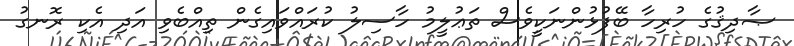
ޞާދިޤުގެ ހުރިހާ ބޭފުޅުންނަކީވެސް ތަޢުލީމު ހާސިލު ކުރައްވައިގެން ތިއްބެވި އަދި އެކި ރޮނގު